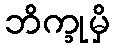
ဘိက္ခုမှိ